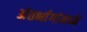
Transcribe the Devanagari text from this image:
अंतर्भागांमध्ये